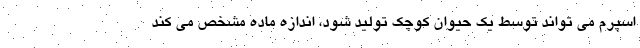
اسپرم می تواند توسط یک حیوان کوچک تولید شود، اندازه ماده مشخص می کند